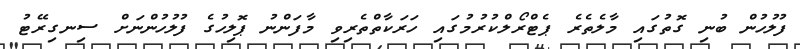
ފުލުހުން ބުނި ގޮތުގައި މާލެތެރެ ޕެޓްރޯލްކުރުމުގައި ހަރަކާތްތެރިވި މާފަންނު ޕޮލިހުގެ ފުލުހުންނަށް ސިނގިރޭޓު